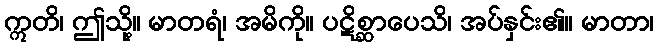
ဣတိ၊ ဤသို့။ မာတရံ၊ အမိကို။ ပဋိစ္ဆာပေသိ၊ အပ်နှင်း၏။ မာတာ၊